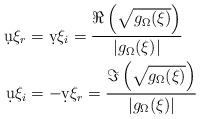
LaTeX: \begin{align*}\d{u}{\xi_r} & =\d{v}{\xi_i} =\frac{ \Re \left( \sqrt{ g_\Omega (\xi) }\right)}{|g_\Omega (\xi)|}\\\d{u}{\xi_i} & =-\d{v}{\xi_r} =\frac{ \Im \left( \sqrt{ g_\Omega (\xi) }\right)}{|g_\Omega (\xi)|}\end{align*}